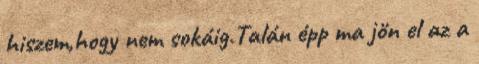
hiszem,hogy nem sokáig.Talán épp ma jön el az a